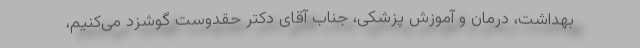
بهداشت، درمان و آموزش پزشکی، جناب آقای دکتر حقدوست گوشزد می‌کنیم،